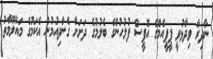
ނާދިރާ ވިދާޅުވީ ޕީޕީއެމްގެ އޮފީސް ފުލުހުންގެ ބެލުމުގެ ދަށަށް ގެންދިއުމުން އެކަމުގެ މައުލޫމާތު